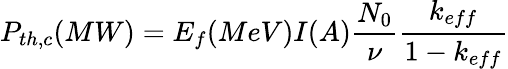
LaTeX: P_{th,c}(MW)=E_{f}(MeV)I(A)\frac{N_{0}}{\nu}\frac{k_{eff}}{1-k_{eff}}